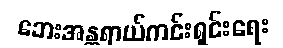
ဘေးအန္တရာယ်ကင်းရှင်းရေး